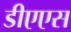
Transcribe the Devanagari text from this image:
डीएएस